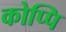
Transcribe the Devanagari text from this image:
कोप्पि